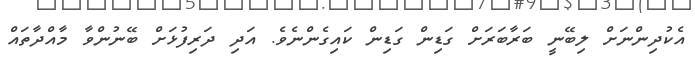
އެކުދިންނަށް ލިބޭނީ ބަރާބަރަށް ގަޑިން ގަޑިން ކައިގެންނެވެ. އަދި ދަރިފުޅަށް ބޭނުންވާ މާއްދާތައް